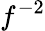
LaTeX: f^{-2}